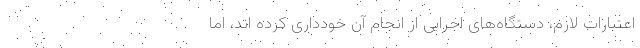
اعتبارات لازم، دستگاه‌های اجرایی از انجام آن خودداری کرده اند، اما